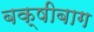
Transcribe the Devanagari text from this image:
बक्षीबाग